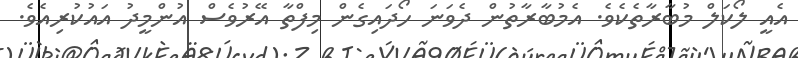
އެއީ ލޯކަލް މުބާރާތެކެވެ. އެމުބާރާތުން ދެވަނަ ހޯދައިގެން މިފްތާ އޭރުވެސް އުންމީދު އައުކުރިއެވެ.